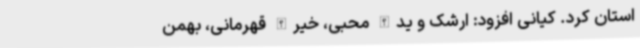
استان کرد. کیانی افزود: ارشک و یدالله محبی، خیرالله قهرمانی، بهمن